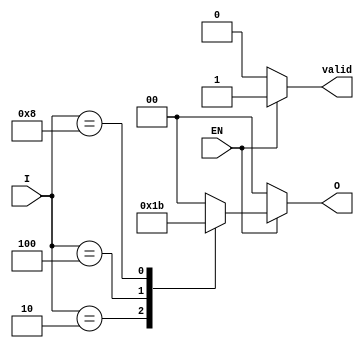
module one_of_n_encoder (
    input wire [3:0] I,      // 4 input lines
    input wire EN,           // Enable signal
    output reg [1:0] O,      // 2-bit output
    output reg valid         // Valid output signal
);

    always @(*) begin
        if (!EN) begin
            // If not enabled, output is zero and valid signal is low
            O = 2'b00;
            valid = 1'b0;
        end else begin
            // Default output
            O = 2'b00;
            valid = 1'b1;
            
            // Check which input is high
            case (I)
                4'b0001: O = 2'b00; // Input 0 active
                4'b0010: O = 2'b01; // Input 1 active
                4'b0100: O = 2'b10; // Input 2 active
                4'b1000: O = 2'b11; // Input 3 active
                default: O = 2'b00; // No valid input, output defaults to 0
            endcase
        end
    end

endmodule